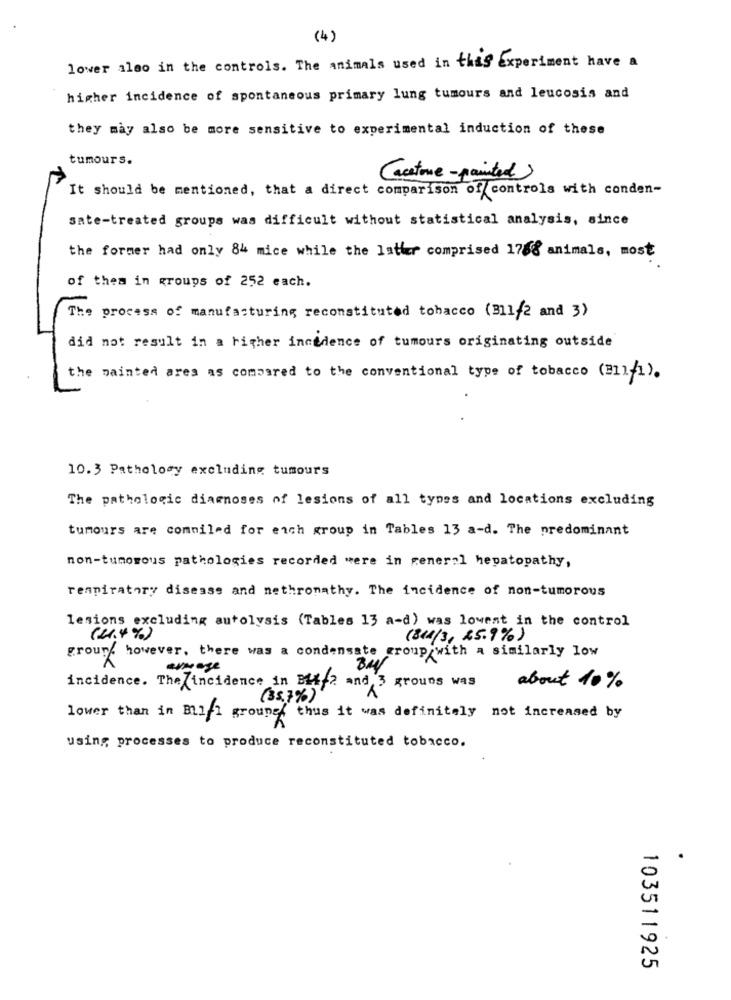
(4)
lower also in the controls. The animals used in this Experiment have a
higher incidence of spontaneous primary lung tumours and leucosis and
they may also be more sensitive to experimental induction of these
tumours.
(acetone- painted)
It should be mentioned, that a direct comparison of controls with conden-
sate-treated groups was difficult without statistical analysis, since
the former had only 84 mice while the latter comprised 1788 animals, most
of them in groups of 252 each.
The process of manufacturing reconstituted tobacco (B11/2 and 3)
did not result in a higher incidence of tumours originating outside
the painted ares as compared to the conventional type of tobacco (#11/1).
10.3 Pathology excluding tumours
The pathologic diagnoses of lesions of all types and locations excluding
tumours are compiled for each group in Tables 13 a-d. The predominant
non-tumorous pathologies recorded were in general hepatopathy,
respiratory disease and nethromathy. The incidence of non-tumorous
lesions excluding autolysis (Tables 13 a-d) was lowest in the control
(2,4 % )
(311/3, 25.9%)
groups however, there was a condensate group with a similarly low
armage
incidence. The incidence in B41 2 and 3 groups was
about 10%
(35,7%)
lower than in Bill groupe thus it was definitely not increased by
using processes to produce reconstituted tobacco.
103511925